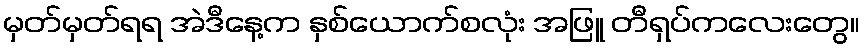
မှတ်မှတ်ရရ အဲဒီနေ့က နှစ်ယောက်စလုံး အဖြူ တီရှပ်ကလေးတွေ။